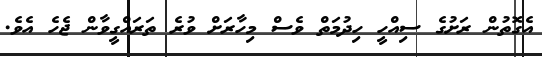
އެގޮތުން ރަށުގެ ސިއްހީ ހިދުމަތް ވެސް މިހާރަށް ވުރެ ތަރައްގީވާން ޖެހެ އެވެ.